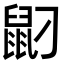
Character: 𪔸